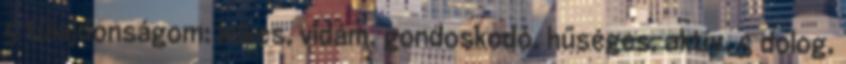
5 tulajdonságom: lelkes, vidám, gondoskodó, hűséges, aktív. 5 dolog,